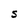
Character: S